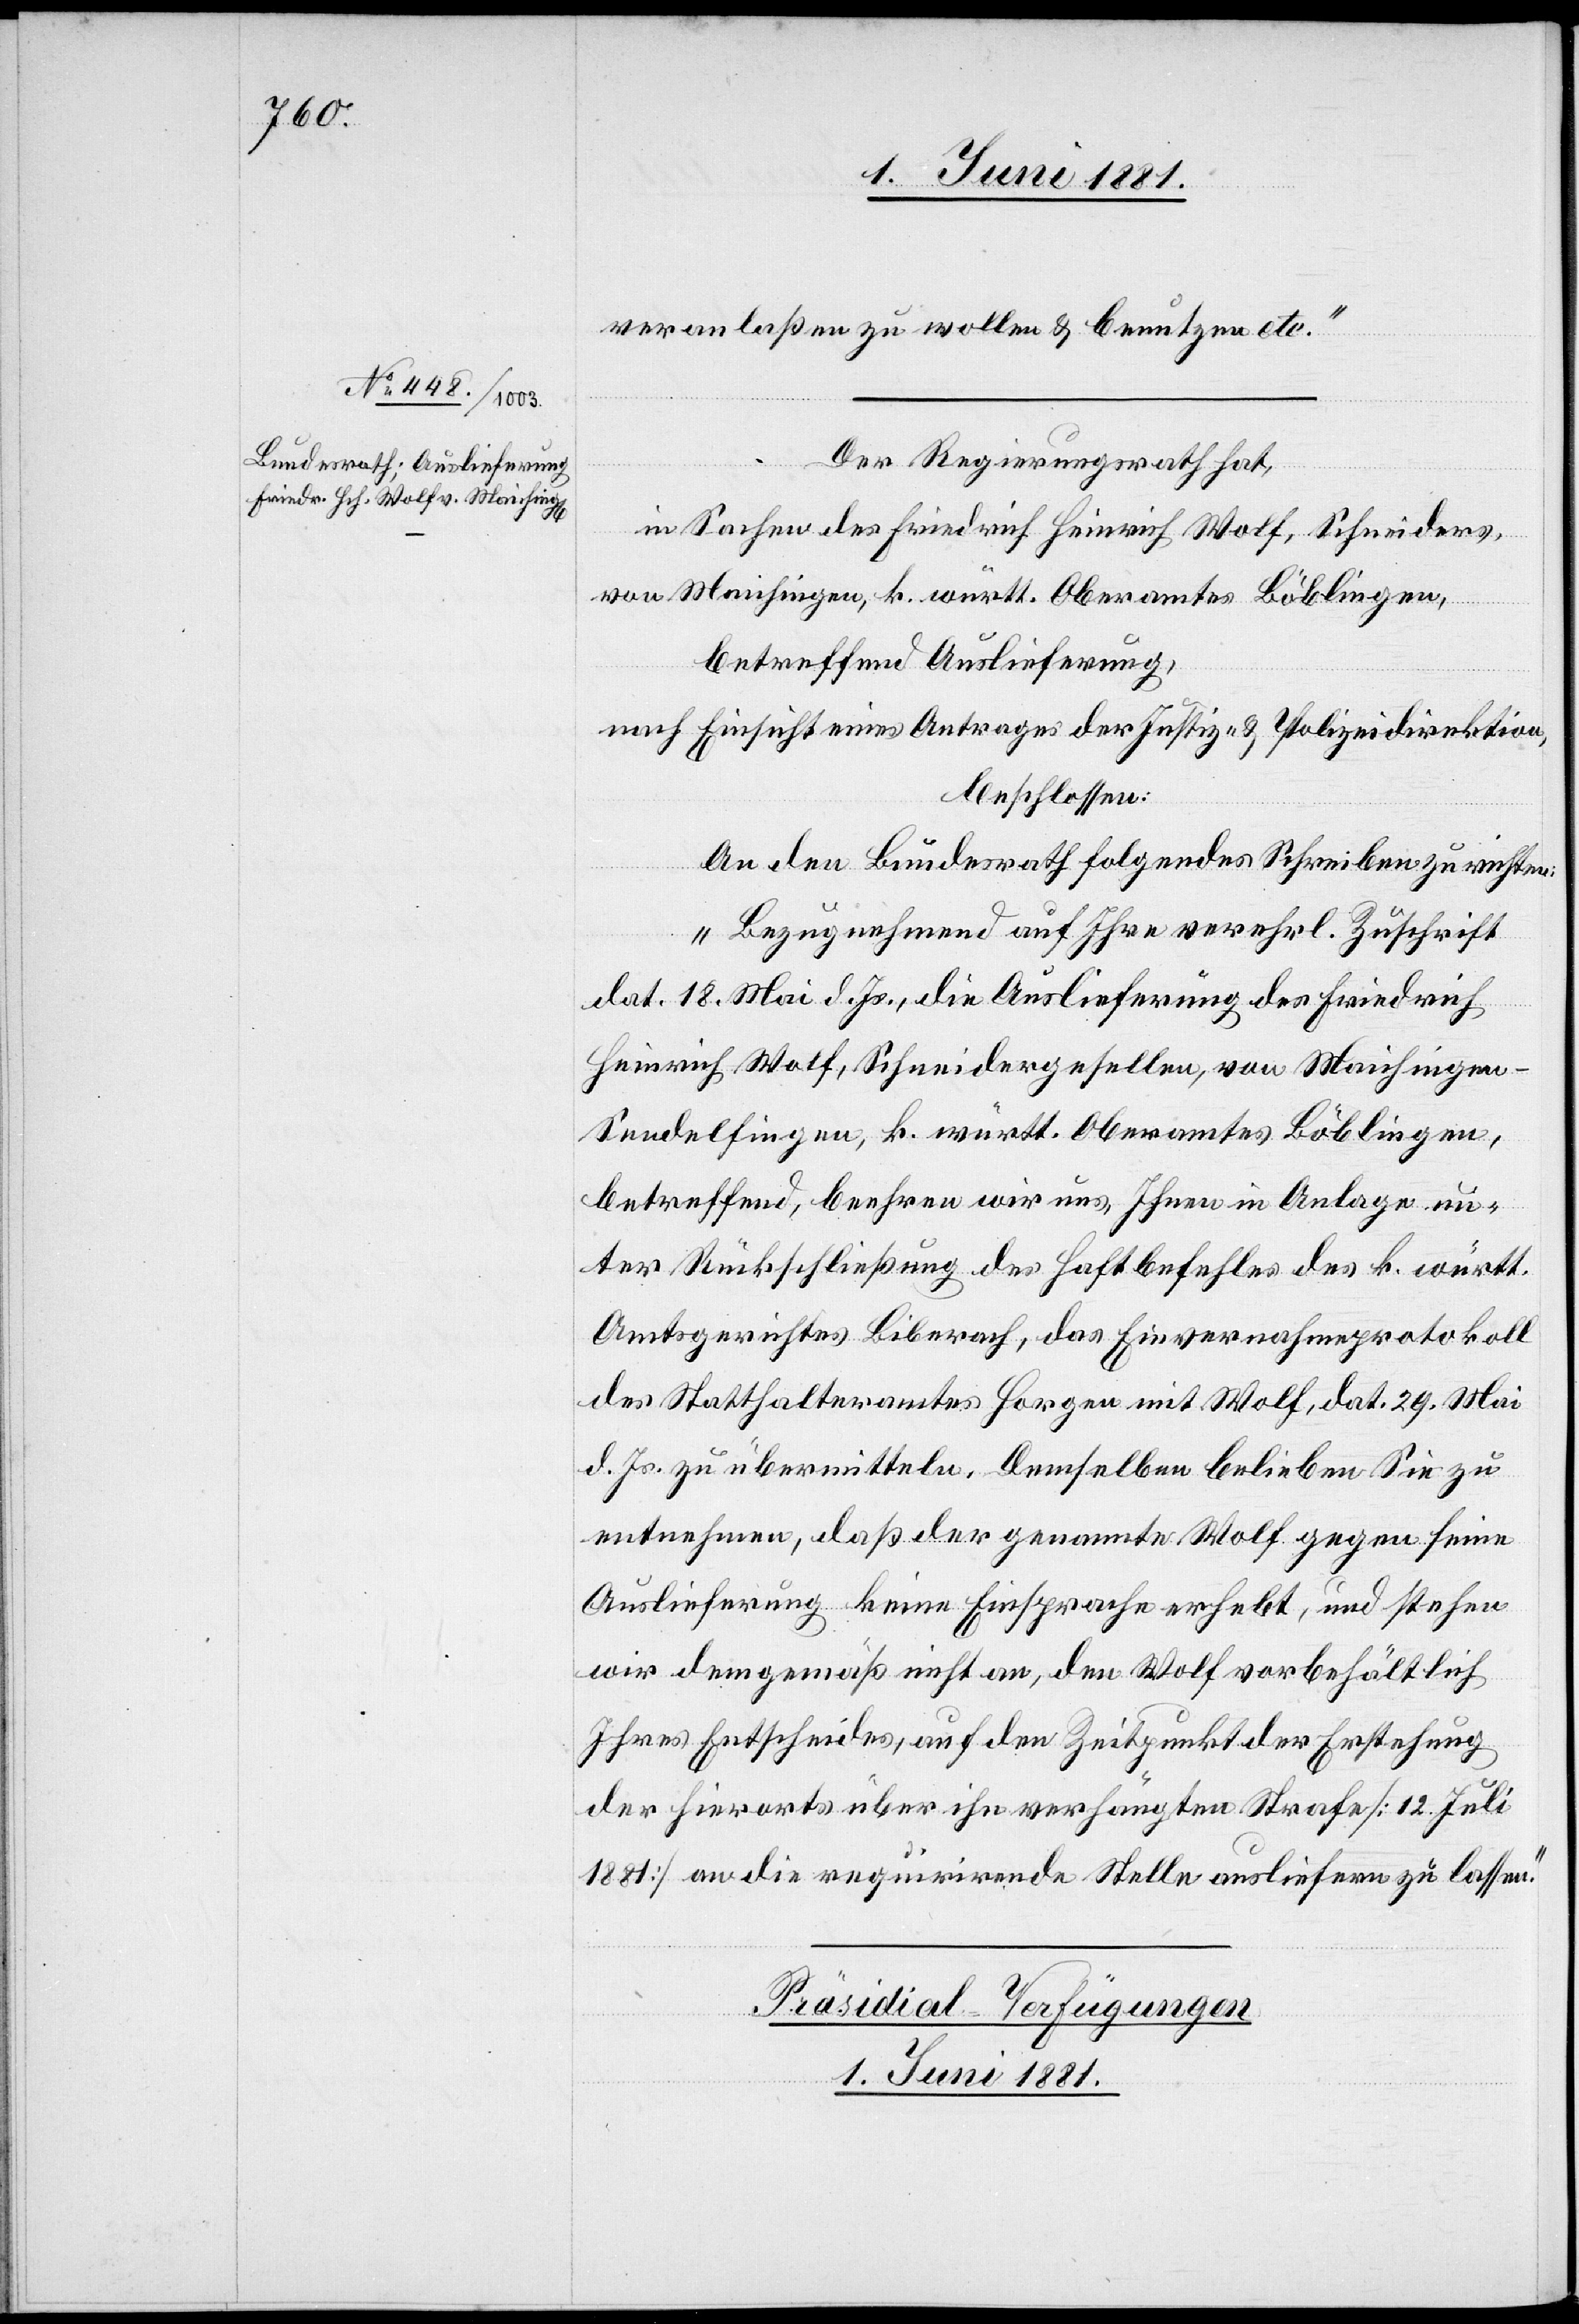
veranlaßen zu wollen & benutzen etc.“
Der Regierungsrath hat,
in Sachen des Friedrich Heinrich Wolf, Schneiders,
von Maichingen, k. württ. Oberamtes Löblingen,
betreffend Auslieferung,
nach Einsicht eines Antrages der Justiz- & Polizeidirektion,
beschlossen:
An den Bundesrath folgendes Schreiben zu richten:
„Bezugnehmend auf Ihre verehrl. Zuschrift
dat. 18. Mai d. Js., die Auslieferung des Friedrich
Heinrich Wolf, Schneidergesellen, von Maichingen
Sendelfingen, k. württ. Oberamtes Löblingen,
betreffend, beehren wir uns, Ihnen in Anlage un¬
ter Rückschließung des Haftbefehles des k. württ.
Amtsgerichtes Biberach, das Einvernahmeprotokoll
des Statthalteramtes Horgen mit Wolf, dat. 29. Mai
d. Js. zu übermitteln. Demselben belieben Sie zu
entnehmen, daß der genannte Wolf gegen seine
Auslieferung keine Einsprachen erhebt, und stehen
wir demgemäß nicht an, den Wolf vorbehältlich
Ihres Entscheides, auf den Zeitpunkt der Erstehung
der hierorts über ihn verhängten Strafe [12. Juli
1881] an die requirirende Stelle ausliefern zu lassen.“